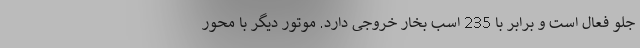
جلو فعال است و برابر با 235 اسب بخار خروجی دارد. موتور دیگر با محور